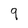
Character: 9